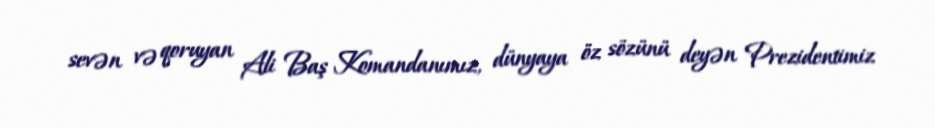
sevən və qoruyan Ali Baş Komandanımız, dünyaya öz sözünü deyən Prezidentimiz